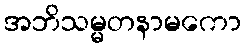
အဘိသမ္မတနာမကော